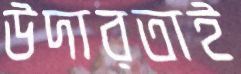
উদারতাই